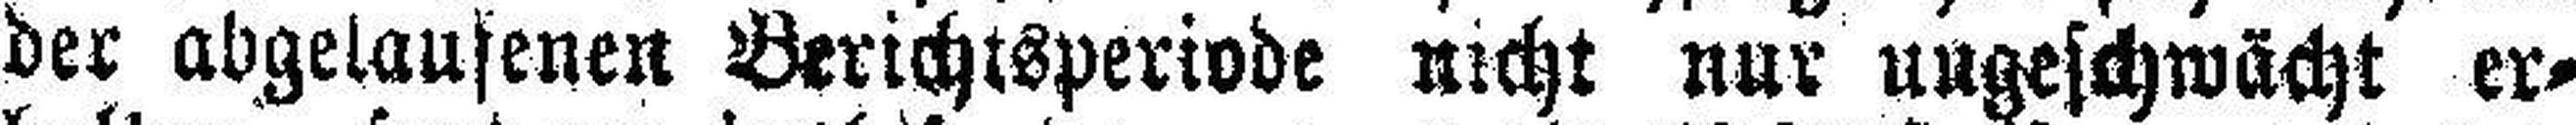
der abgelaufenen Berichtsperivde nicht nur ungeschwächt er¬